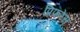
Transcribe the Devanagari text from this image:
प्रिफरेंस